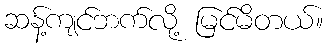
ဆန့်ကျင်ဘက်လို့ မြင်မိတယ်။